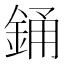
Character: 銿